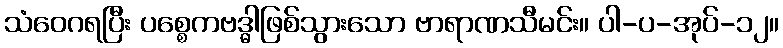
သံဝေဂရပြီး ပစ္စေကဗဒ္ဓါဖြစ်သွားသော ဗာရာဏသီမင်း။ ပါ-ပ-အုပ်-၁၂။